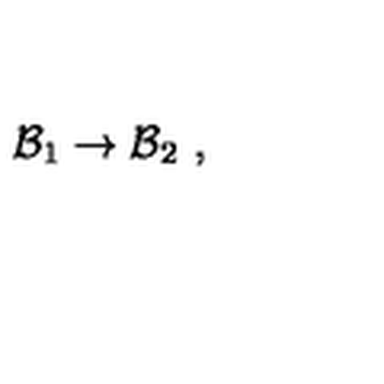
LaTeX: { \cal B } _ { 1 } \rightarrow { \cal B } _ { 2 } \ ,